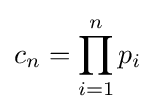
c_{n}=\prod _{i=1}^{n}p_{i}